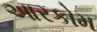
આરકોમ